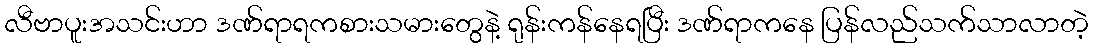
လီဗာပူးအသင်းဟာ ဒဏ်ရာရကစားသမားတွေနဲ့ ရုန်းကန်နေရပြီး ဒဏ်ရာကနေ ပြန်လည်သက်သာလာတဲ့